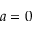
a = 0